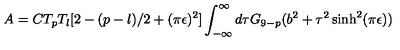
A = C T _ { p } T _ { l } [ 2 - ( p - l ) / 2 + ( \pi \epsilon ) ^ { 2 } ] \int _ { - \infty } ^ { \infty } d \tau G _ { 9 - p } ( b ^ { 2 } + \tau ^ { 2 } \sinh ^ { 2 } ( \pi \epsilon ) )